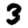
Digit: 3